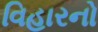
વિહારનો